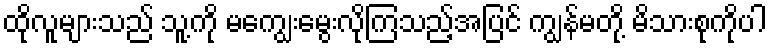
ထိုလူများသည် သူ့ကို မကျွေးမွေးလိုကြသည့်အပြင် ကျွန်မတို့ မိသားစုကိုပါ